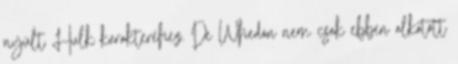
nyúlt Hulk karakteréhez. De Whedon nem csak ebben alkotott